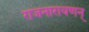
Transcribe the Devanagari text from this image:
राजनारायणन्